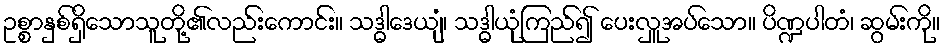
ဥစ္စာနှစ်ရှိသောသူတို့၏လည်းကောင်း။ သဒ္ဓါဒေယျံ၊ သဒ္ဓါယုံကြည်၍ ပေးလှူအပ်သော။ ပိဏ္ဍပါတံ၊ ဆွမ်းကို။